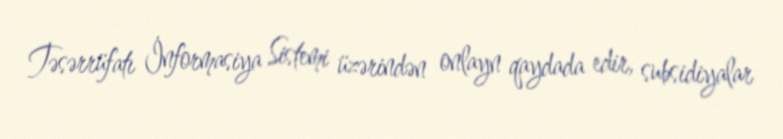
Təsərrüfatı İnformasiya Sistemi üzərindən onlayn qaydada edir, subsidiyalar